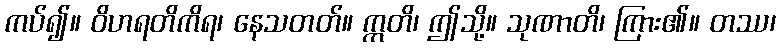
ကပ်၍။ ဝိဟရတိကိရ၊ နေသတတ်။ ဣတိ၊ ဤသို့။ သုဏာတိ၊ ကြား၏။ တဿ၊